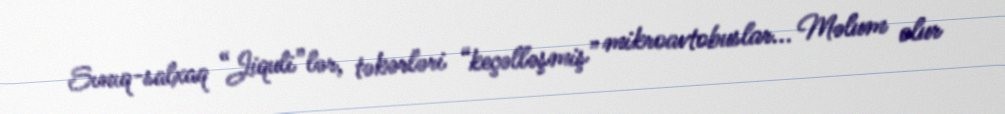
Sınıq-salxaq “Jiquli”lər, təkərləri “keçəlləşmiş” mikroavtobuslar... Məlum olur